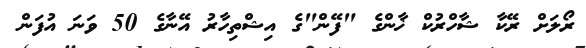
ރޯލަށް ރޭކާ ޝާހްރުކް ޚާންގެ "ފޭން"ގެ އިޝްތިހާރު އޭނާގެ 50 ވަނަ އުފަން